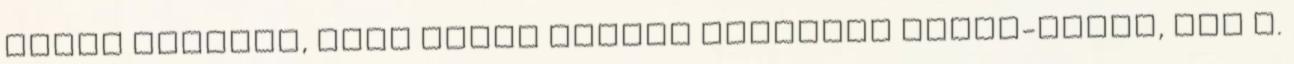
észre magamon, hogy olyan ételek próbálok sütni-főzni, ami n.